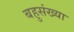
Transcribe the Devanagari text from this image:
बहुसंख्‍या